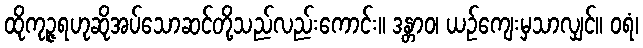
ထိုကုဉ္ဇရဟုဆိုအပ်သောဆင်တို့သည်လည်းကောင်း။ ဒန္တာဝ၊ ယဉ်ကျေးမှသာလျှင်။ ဝရံ၊